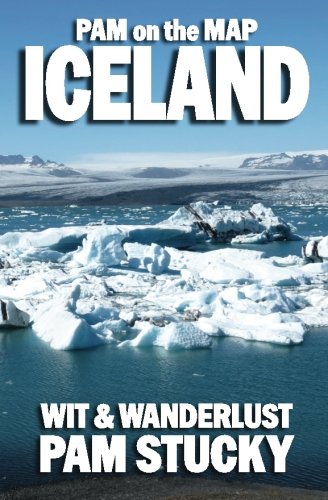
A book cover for Pam on the Map: Iceland; Pam Stucky; Travel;